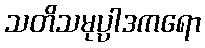
သတိသမုပ္ပါဒကရော